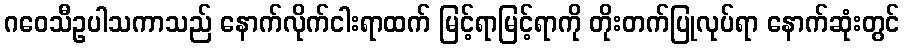
ဂဝေသီဥပါသကာသည် နောက်လိုက်ငါးရာထက် မြင့်ရာမြင့်ရာကို တိုးတက်ပြုလုပ်ရာ နောက်ဆုံးတွင်